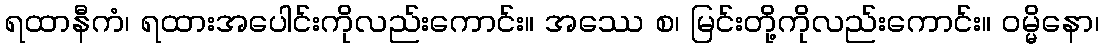
ရထာနီကံ၊ ရထားအပေါင်းကိုလည်းကောင်း။ အဿေ စ၊ မြင်းတို့ကိုလည်းကောင်း။ ဝမ္မိနော၊